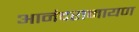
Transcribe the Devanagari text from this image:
आनंदरामायण